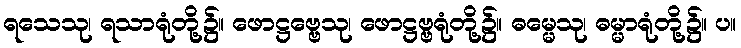
ရသေသု၊ ရသာရုံတို့၌။ ဖောဋ္ဌဗ္ဗေသု၊ ဖောဋ္ဌဗ္ဗရုံတို့၌။ ဓမ္မေသု၊ ဓမ္မာရုံတို့၌။ ပ။